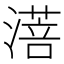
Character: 𬈸